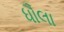
ધૌલા